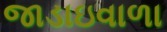
જાડાઇવાળા